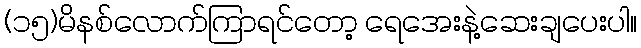
(၁၅)မိနစ်လောက်ကြာရင်တော့ ရေအေးနဲ့ဆေးချပေးပါ။